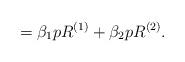
LaTeX: \begin{align*} = \beta_1 p R^{(1)} + \beta_2 p R^{(2)}.\end{align*}